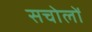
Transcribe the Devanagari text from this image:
सचोलों